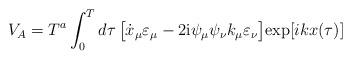
LaTeX: \begin{align*}V_A=T^a\int_0^T d\tau\,\bigl[\dot x_{\mu}\varepsilon_{\mu}-2{\rm i}\psi_{\mu}\psi_{\nu}k_{\mu}\varepsilon_{\nu}\bigr]{\rm exp}[ikx({\tau})]\end{align*}